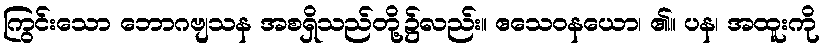
ကြွင်းသော ဘောဂဗျသန အစရှိသည်တို့၌လည်း။ ဧသေဝနယော၊ ၏။ ပန၊ အထူးကို